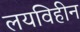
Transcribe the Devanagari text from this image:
लयविहीन